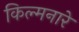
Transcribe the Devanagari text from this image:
किल्मनारे